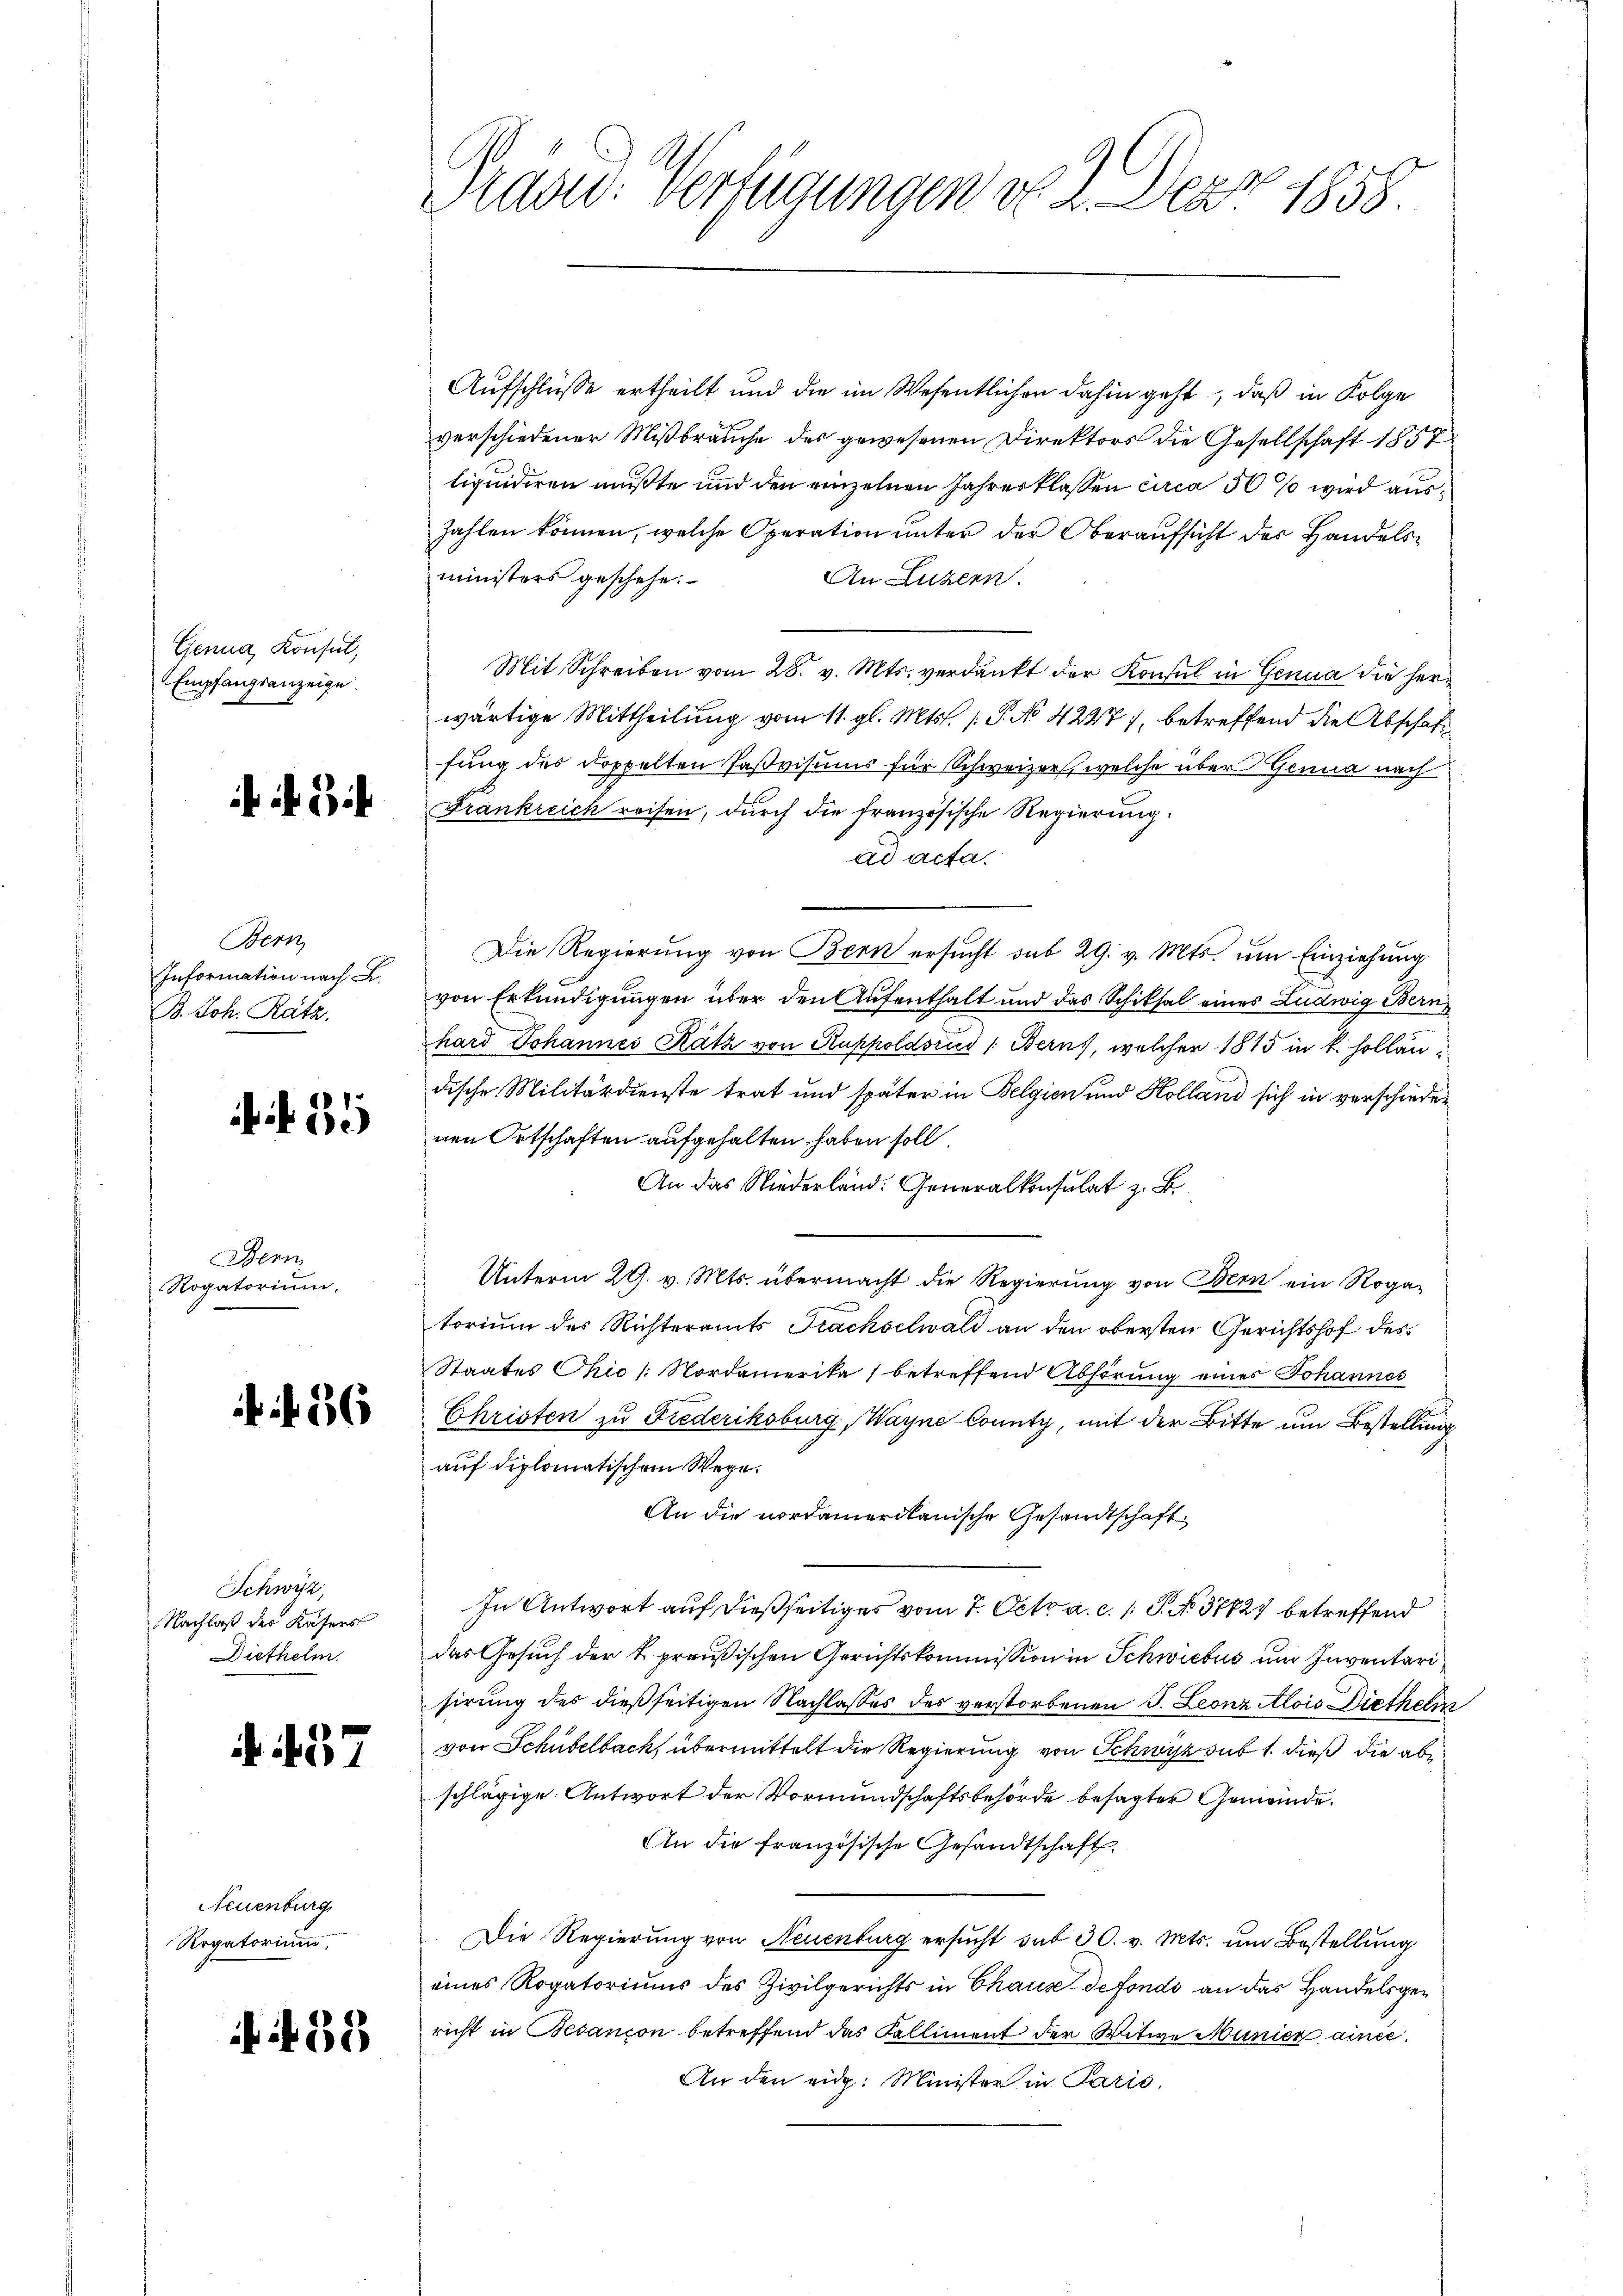
Genua, Konsul,
Empfangsanzeige.

f 34

Bern
Information nach L.
B. Joh. Rätz.

f 31

Bern
Rogatorium,

f 36

Schwyz,
Nachlaß des Kasers
Diethelm

457

Neuenburg
Rogatorium.

38

Präsid. Verfügungen d. 2. Dez. 1858.

Aufschlüsse ertheilt und die im Wesentlichen dahin geht, daß in Folge
verschiedener Mißbräuche des gewesenen Direktors die Gesellschaft 1857
liquidiren mußte und den einzelnen Jahresklassen circa 30 so wird auszahlen können, welche Operation unter der Oberaufsicht des Handelsministers geschehe.
An Luzern.
Mit Schreiben vom 28. v. Mts. verdankt der Konsul in Genua die herwärtige Mittheilung vom 11. gl. Mts. 1. P. No 4227), betreffend die Abschaft
fung des Doppelten Paßvisums für Schweizer, welche über Genua nach
Frankreich reisen, durch die französische Regierung.
ad defa
Die Regierung von Bern ersucht sub 29. v. Mts. um Einziehung
von Erkundigungen über den Aufenthalt und das Schiksal eines Ludwig Bern
hard Johannes Katz von Ruppoldoris (Berns, welcher 1815 in k. Holländische Militärdienste trat und später in Belgien und Kolland sich in verschieder
nen Ortschaften aufgehalten haben soll.
An das Niederland. Generalkonsulat z. B.
Unterm 29. v. Mts. übermacht die Regierung von Bern ein Rogatorium des Richteramts Prachselwald an den obersten Gerichtshof des
Staates Chio /: Nordamerika (betreffend Abhörung eines Johannes
Christen zu Fiederiksburg, Wayne County, mit der Bitte um Bestellung
auf diplomatischem Wege.
An die nordamerikanische Gesandtschaft
In Antwort auf dießseitiges vom 7. Oct. a. c. s. S. 37827 betreffend
das Gesuch der k. preußischen Gerichtskommission in Schwictus und Inventarisirung des dießseitigen Nachlasses des verstorbenen J. Leonz Alois Diethelm
von Schübelbach übermittelt die Regierung von Schwyz sub 1. dieß die abe
schlägige Antwort der Vormundschaftsbehörde besagter Gemeinde¬
An die französische Gesandtschaft
Die Regierung von Neuenburg ersucht sub 30. v. Mts. um Bestellung
eines Rogatoriums des Zivilgerichts in Chause defondo an das Handelsgericht in Besanion betreffend das Falliment der Witwe Munier aince¬
An den eidg. Minister in Paris.